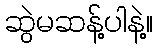
ဆွဲမဆန့်ပါနဲ့။